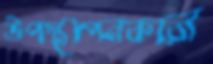
উপস্থাপনকারী